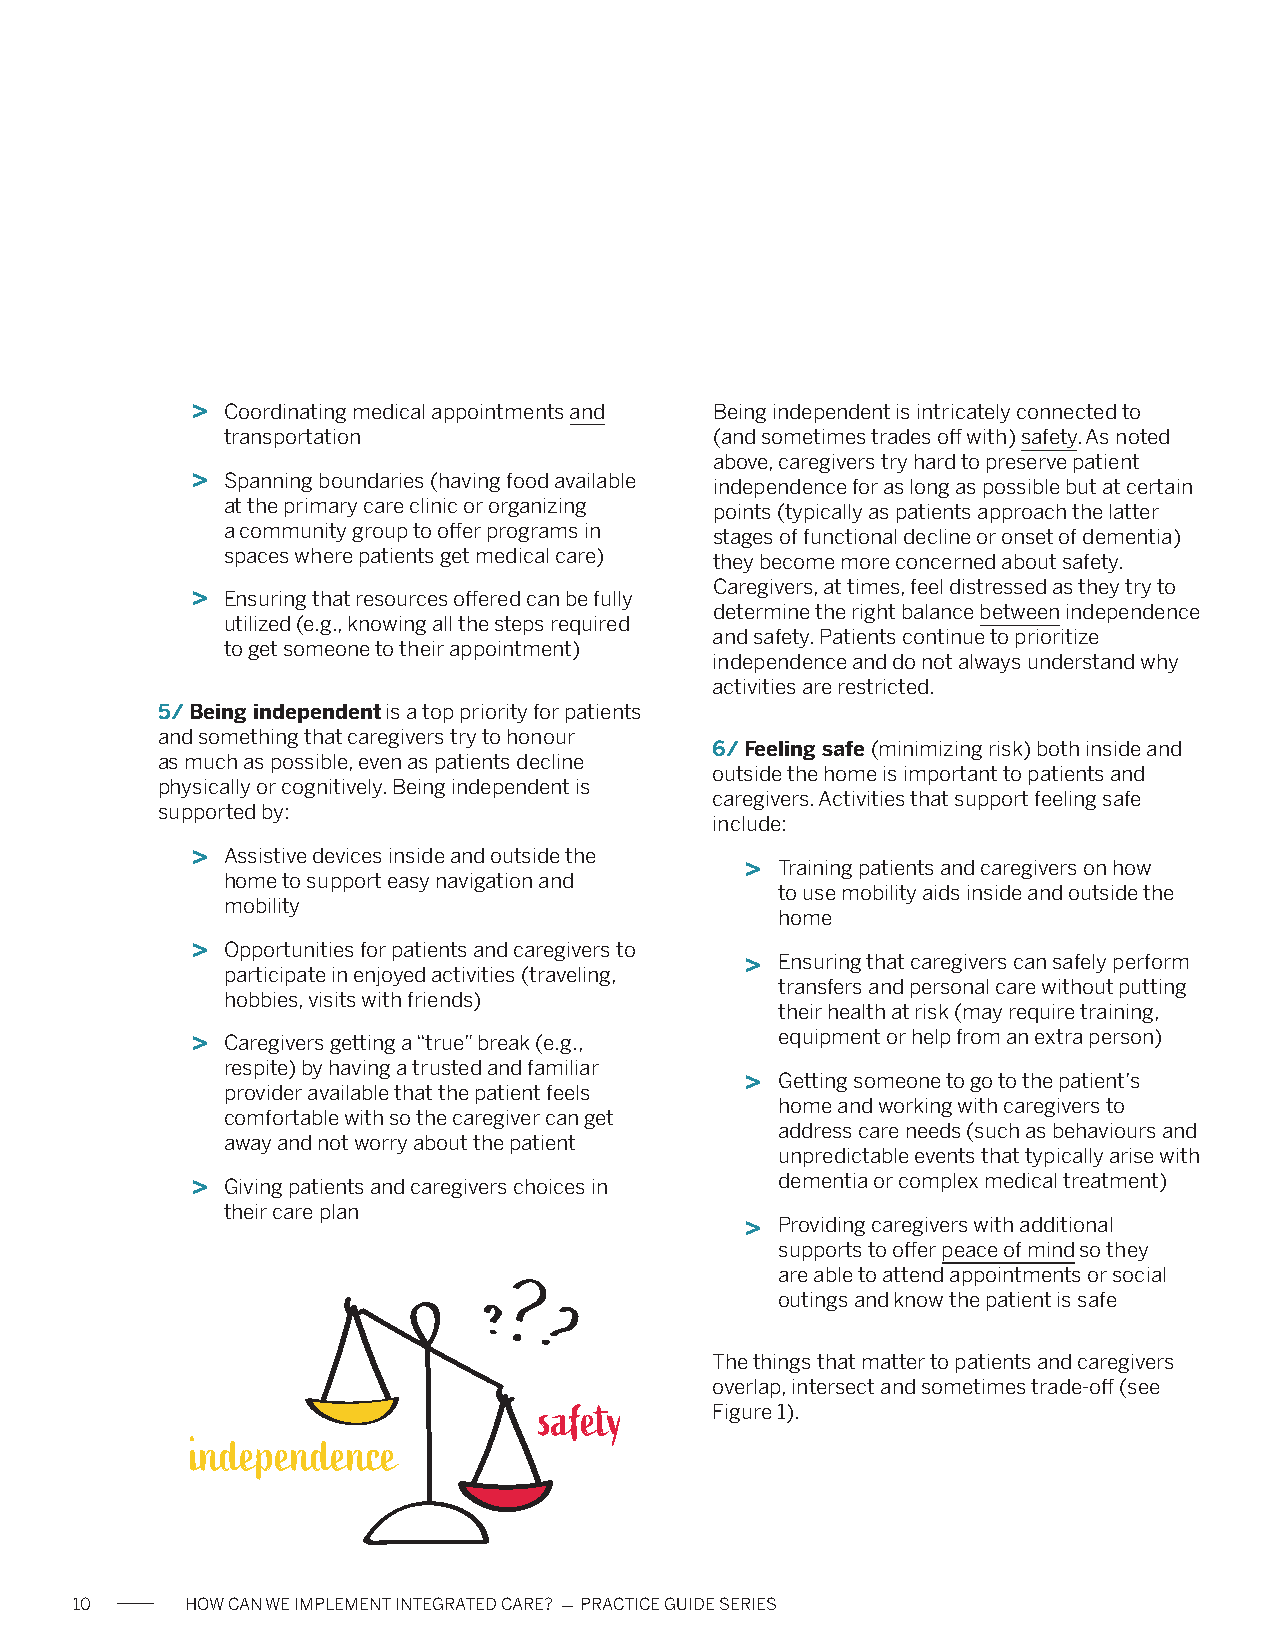
> Coordinating medical appointments and Being independent is intricately connected to
 transportation                  (and sometimes trades off with) safety. As noted
 above, caregivers try hard to preserve patient
 > Spanning boundaries (having food available
 independence for as long as possible but at certain
 at the primary care clinic or organizing
 points (typically as patients approach the latter
 a community group to offer programs in
 stages of functional decline or onset of dementia)
 spaces where patients get medical care)
 they become more concerned about safety.
 Caregivers, at times, feel distressed as they try to
 > Ensuring that resources offered can be fully
 determine the right balance between independence
 utilized (e.g., knowing all the steps required
 and safety. Patients continue to prioritize
 to get someone to their appointment)
 independence and do not always understand why
 activities are restricted.
 5/ Being independent is a top priority for patients
 and something that caregivers try to honour
 6/ Feeling safe (minimizing risk) both inside and
 as much as possible, even as patients decline
 outside the home is important to patients and
 physically or cognitively. Being independent is
 caregivers. Activities that support feeling safe
 supported by:
 include:
 > Assistive devices inside and outside the
 >  Training patients and caregivers on how
 home to support easy navigation and
 to use mobility aids inside and outside the
 mobility
 home
 > Opportunities for patients and caregivers to
 >  Ensuring that caregivers can safely perform
 participate in enjoyed activities (traveling,
 transfers and personal care without putting
 hobbies, visits with friends)
 their health at risk (may require training,
 > Caregivers getting a “true” break (e.g., equipment or help from an extra person)
 respite) by having a trusted and familiar
 >  Getting someone to go to the patient’s
 provider available that the patient feels
 home and working with caregivers to
 comfortable with so the caregiver can get
 address care needs (such as behaviours and
 away and not worry about the patient
 unpredictable events that typically arise with
 > Giving patients and caregivers choices in dementia or complex medical treatment)
 their care plan
 >  Providing caregivers with additional
 supports to offer peace of mind so they
 are able to attend appointments or social
 outings and know the patient is safe
 The things that matter to patients and caregivers
 overlap, intersect and sometimes trade-off (see
 safety     Figure 1).
 independence
 10     HOW CAN WE IMPLEMENT INTEGRATED CARE? - PRACTICE GUIDE SERIES